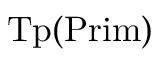
{ \mathrm { T p } } ( { \mathrm { P r i m } } ) \,